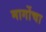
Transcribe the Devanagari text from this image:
मार्गोचा